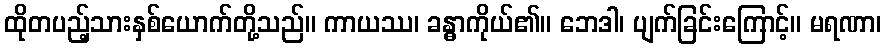
ထိုတပည့်သားနှစ်ယောက်တို့သည်။ ကာယဿ၊ ခန္ဓာကိုယ်၏။ ဘေဒါ၊ ပျက်ခြင်းကြောင့်။ မရဏာ၊